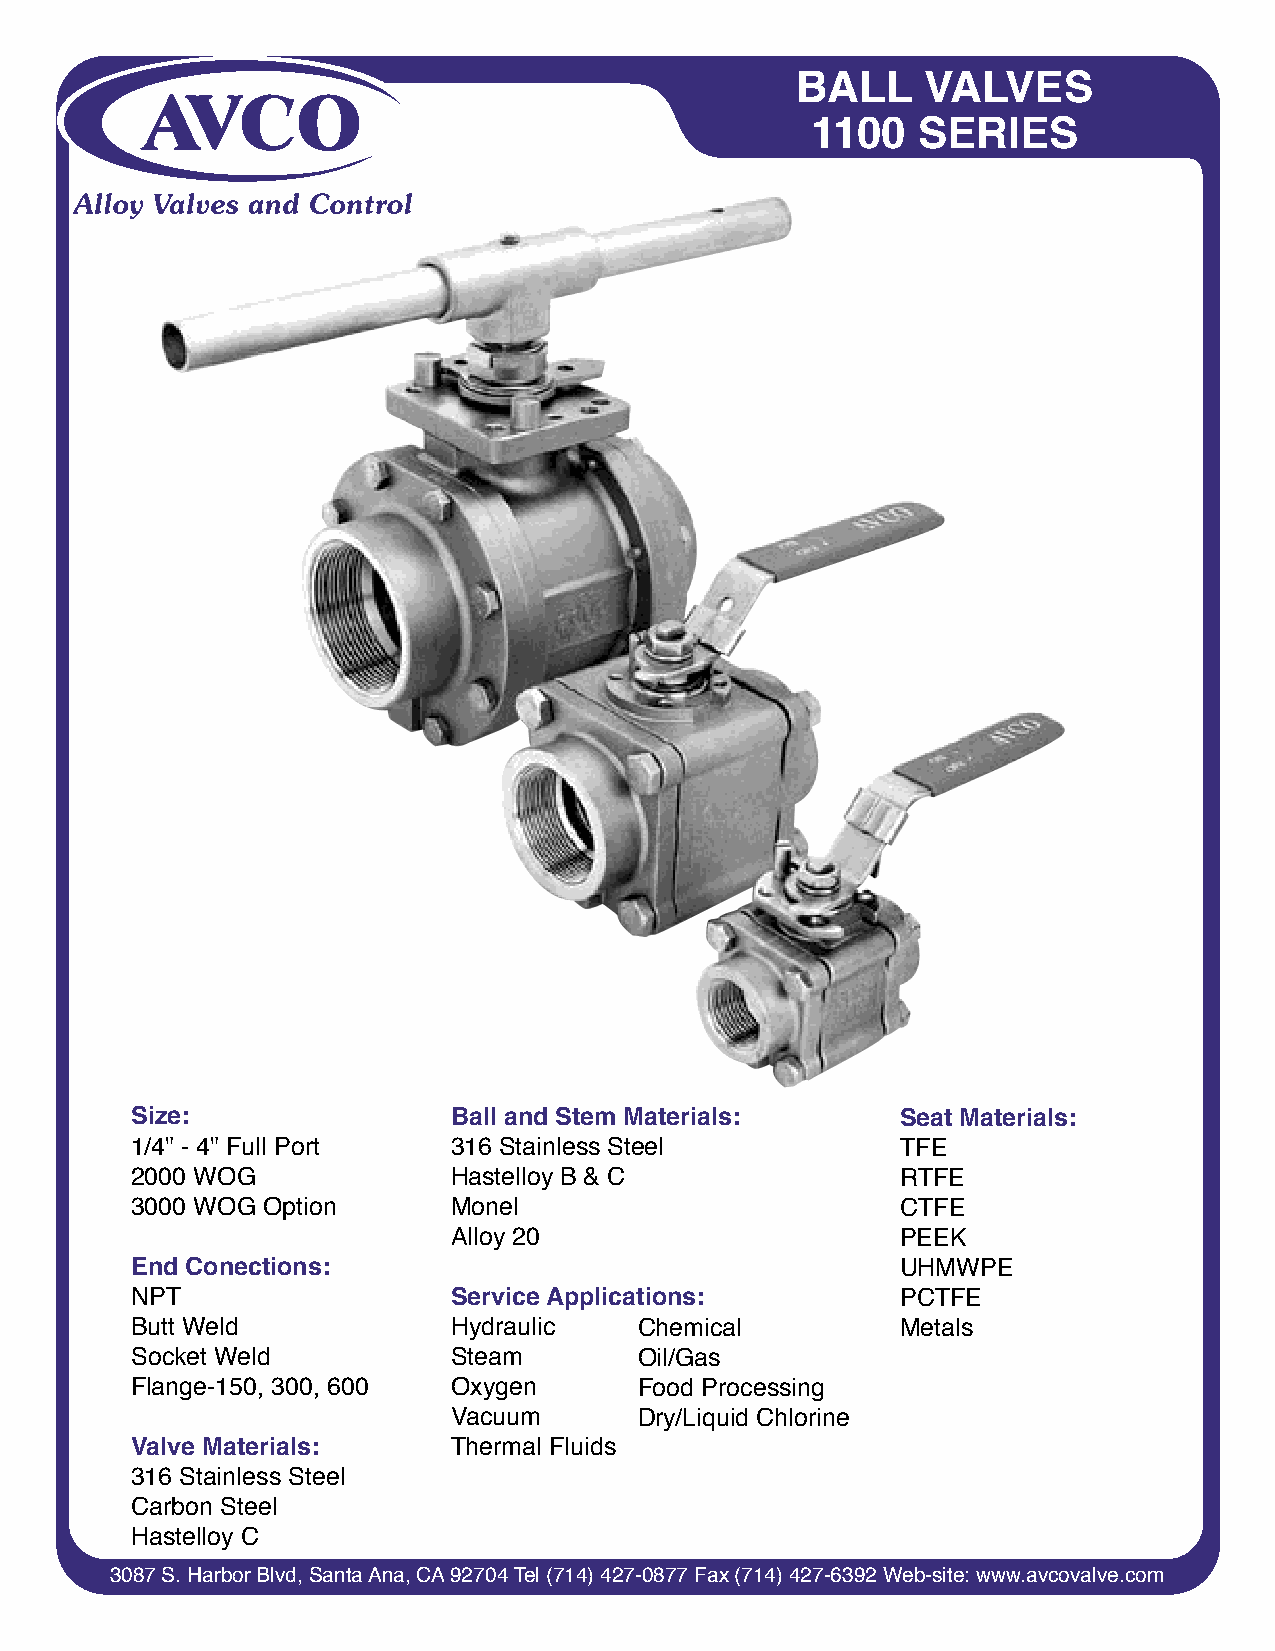
BALL    VALVES
 1100   SERIES
 Size:                Ball and Stem Materials:      Seat Materials:
 1/4" - 4" Full Port  316 Stainless Steel           TFE
 2000 WOG             Hastelloy B & C               RTFE
 3000 WOG Option      Monel                         CTFE
 Alloy 20                      PEEK
 End Conections:                                    UHMWPE
 NPT                  Service Applications:         PCTFE
 Butt Weld            Hydraulic   Chemical          Metals
 Socket Weld          Steam       Oil/Gas
 Flange-150, 300, 600 Oxygen      Food Processing
 Vacuum      Dry/Liquid Chlorine
 Valve Materials:     Thermal Fluids
 316 Stainless Steel
 Carbon Steel
 Hastelloy C
 3087 S. Harbor Blvd, Santa Ana, CA 92704 Tel (714) 427-0877 Fax (714) 427-6392 Web-site: www.avcovalve.com